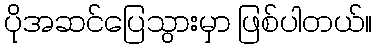
ပိုအဆင်ပြေသွားမှာ ဖြစ်ပါတယ်။